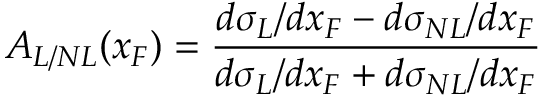
A _ { L / N L } ( x _ { F } ) = \frac { d \sigma _ { L } / d x _ { F } - d \sigma _ { N L } / d x _ { F } } { d \sigma _ { L } / d x _ { F } + d \sigma _ { N L } / d x _ { F } }